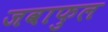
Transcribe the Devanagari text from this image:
जवाफुल